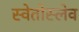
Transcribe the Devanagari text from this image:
स्वेतोस्लेव